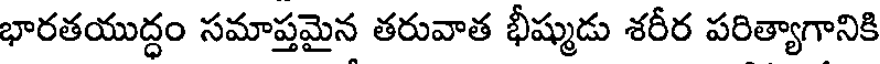
భారతయుద్ధం సమాప్తమైన తరువాత భీష్ముడు శరీర పరిత్యాగానికి